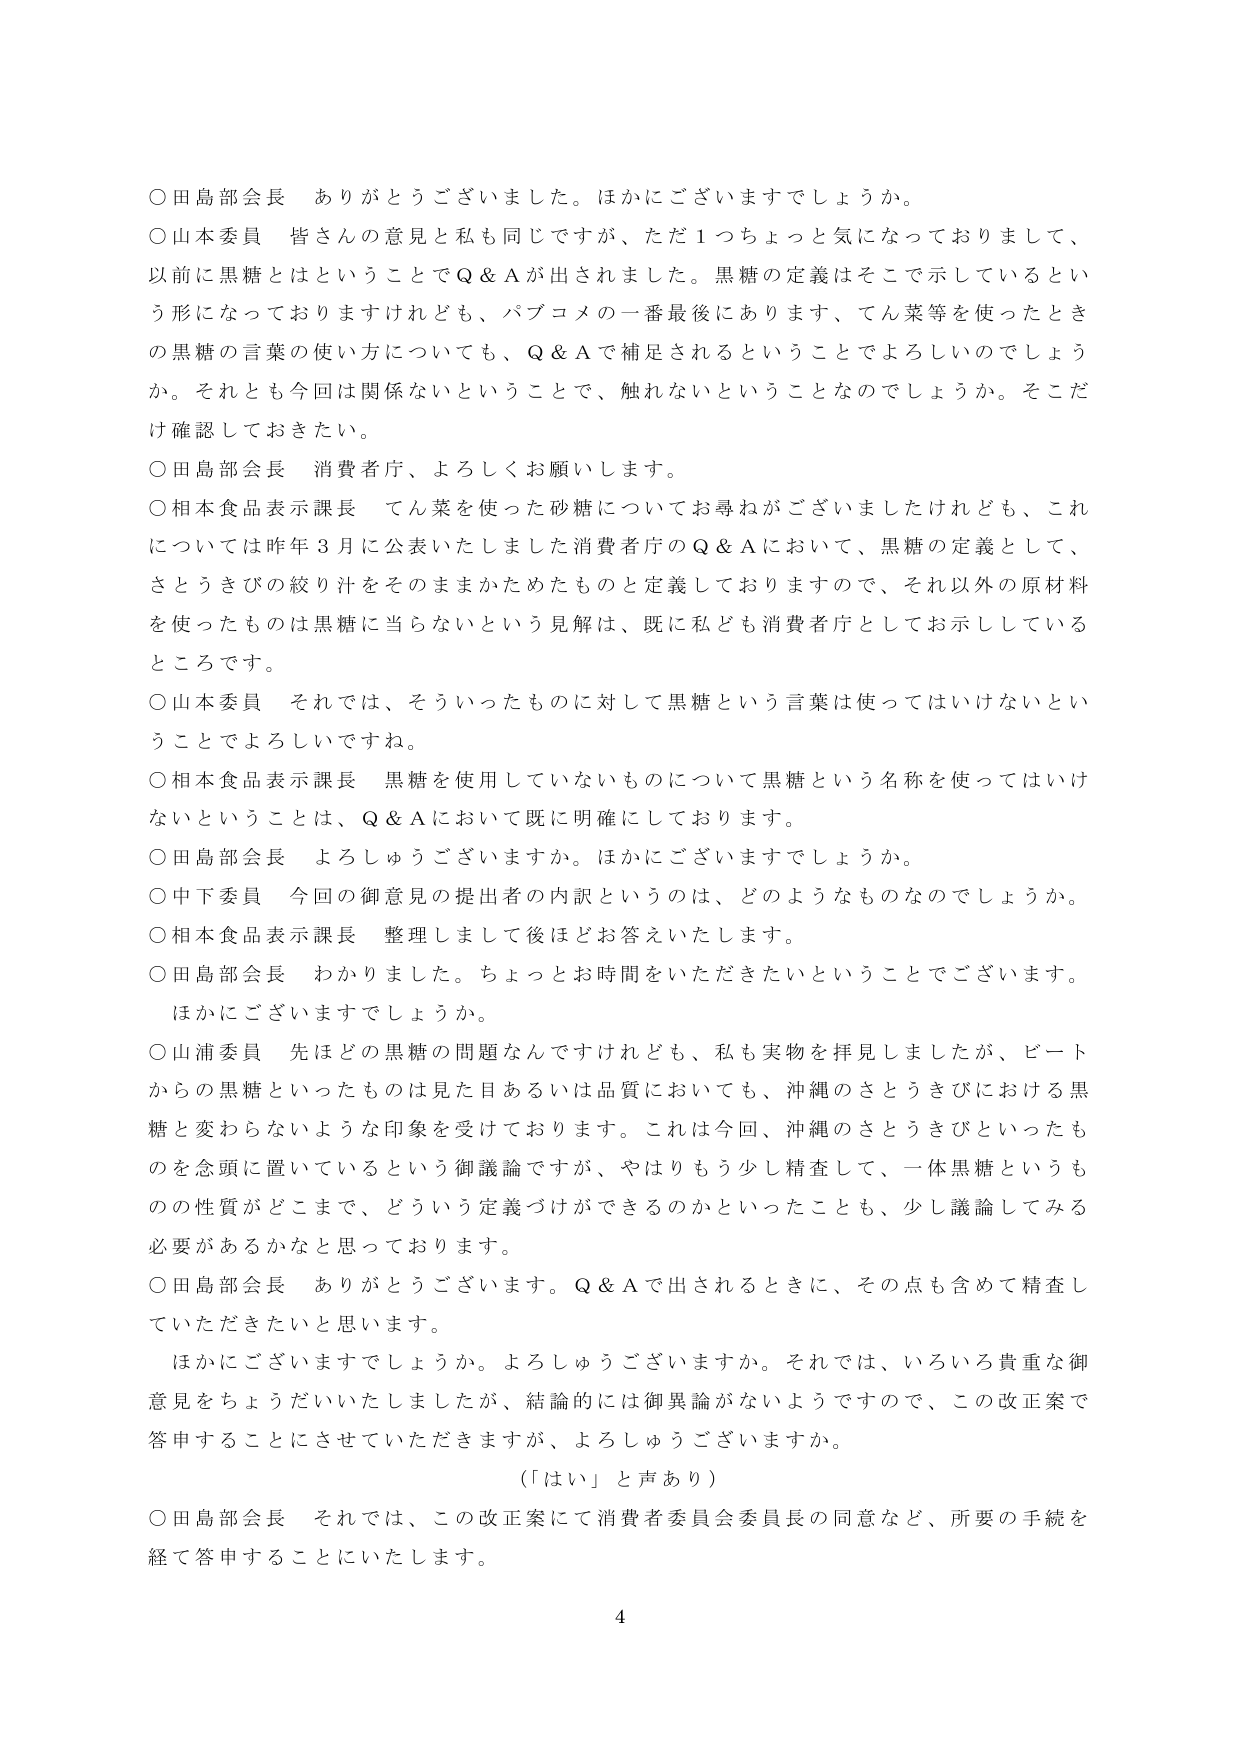
○田島部会長　ありがとうございました。ほかにございますでしょうか。

○山本委員　皆さんの意見と私も同じですが、ただ１つちょっと気になっておりまして、以前に黒糖とはということでＱ＆Ａが出されました。黒糖の定義はそこで示しているという形になっておりますけれども、パブコメの一番最後にあります、てん菜等を使ったときの黒糖の言葉の使い方についても、Ｑ＆Ａで補足されるということでよろしいでしょうか。それとも今回は関係ないということで、触れないということなのでしょうか。そこだけ確認しておきたい。

○田島部会長　消費者庁、よろしくお願いします。

○相本食品表示課長　てん菜を使った砂糖についてお尋ねがございましたけれども、これについては昨年３月に公表いたしました消費者庁のＱ＆Ａにおいて、黒糖の定義として、さとうきびの絞り汁をそのままかためたものと定義しておりますので、それ以外の原材料を使ったものは黒糖に当らないという見解は、既に私ども消費者庁としてお示ししているところです。

○山本委員　それでは、そういったものに対して黒糖という言葉は使ってはいけないということでしょうか。

○相本食品表示課長　黒糖を使用していないものについて黒糖という名称を使ってはいけないということは、Ｑ＆Ａにおいて既に明確にしております。

○田島部会長　よろしうございますか。ほかにございますでしょうか。

○中下委員　今回の御意見の提出者の内訳というのは、どのようなものなのでしょうか。

○相本食品表示課長　整理しまして後ほどお答えいたします。

○田島部会長　わかりました。ちょっとお時間をいただきたいということでございます。ほかにございますでしょうか。

○山浦委員　先ほどの黒糖の問題なんですけれども、私も実物を拝見しましたが、ビートからの黒糖といったものは見た目あるいは品質においても、沖縄のさとうきびにおける黒糖と変わらないような印象を受けております。これは今回、沖縄のさとうきびといったものを念頭に置いているという御議論ですが、やはりもう少し精査して、一体黒糖というものの性質がどこまで、どういう定義づけができるのかといったことも、少し議論してみる必要があるかなと思っております。

○田島部会長　ありがとうございます。Ｑ＆Ａで出されるときに、その点も含めて精査していただきたいと思います。

　ほかにございますでしょうか。よろしうございますか。それでは、いろいろ貴重な御意見をちょうだいいたしましたが、結論的には御異論がないようですので、この改正案で答申することにさせていただきますが、よろしうございますか。

　（「はい」と声あり）

○田島部会長　それでは、この改正案にて消費者委員会委員長の同意など、所要の手続を経て答申することにいたします。

4